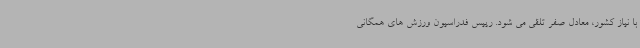
با نیاز کشور، معادل صفر تلقی می شود. رییس فدراسیون ورزش های همگانی